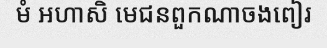
មំ អហាសិ មេជនពួកណាចងពៀរ